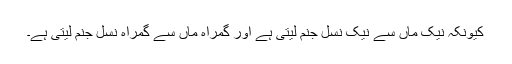
کیونکہ نیک ماں سے نیک نسل جنم لیتی ہے اور گمراہ ماں سے گمراہ نسل جنم لیتی ہے۔